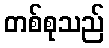
တစ်စုသည်